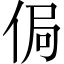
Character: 侷